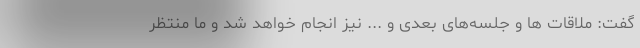
گفت: ملاقات ها و جلسه‌های بعدی و ... نیز انجام خواهد شد و ما منتظر